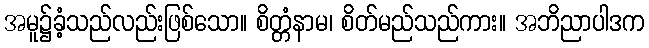
အမူ၌ခံ့သည်လည်းဖြစ်သော။ စိတ္တံနာမ၊ စိတ်မည်သည်ကား။ အဘိညာပါဒက